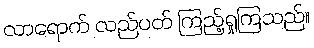
လာရောက် လည်ပတ် ကြည့်ရှုကြသည်။